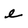
Character: e